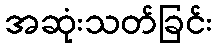
အဆုံးသတ်ခြင်း